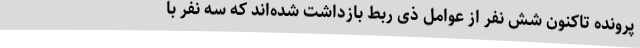
پرونده تاکنون شش نفر از عوامل ذی ربط بازداشت شده‌اند که سه نفر با